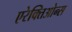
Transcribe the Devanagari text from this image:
एरेक्तिओन्स